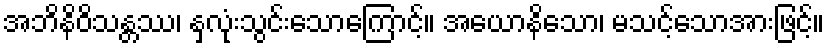
အဘိနိဝိသန္တဿ၊ နှလုံးသွင်းသောကြောင့်။ အယောနိသော၊ မသင့်သောအားဖြင့်။